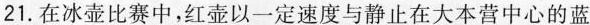
21.在冰壶比赛中，红壶以一定速度与静止在大本营中心的蓝